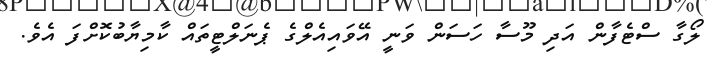
ލޯގާ ސްޓެފާން އަދި މޫސާ ހަސަން ވަނީ އޭވައިއެލްގެ ޕެނަލްޓީތައް ކާމިޔާބުކޮށްފަ އެވެ.